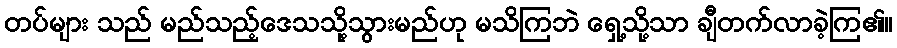
တပ်များ သည် မည်သည့်ဒေသသို့သွားမည်ဟု မသိကြဘဲ ရှေ့သို့သာ ချီတက်လာခဲ့ကြ၏။